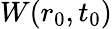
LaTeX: W(r_{0},t_{0})